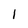
Character: 1